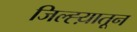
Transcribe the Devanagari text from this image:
जिल्ह्य़ातून